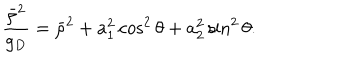
{ \frac { \bar { \rho } ^ { 2 } } { g _ { D } } } = \bar { \rho } ^ { 2 } + a _ { 1 } ^ { 2 } \cos ^ { 2 } \theta + a _ { 2 } ^ { 2 } \sin ^ { 2 } \theta .